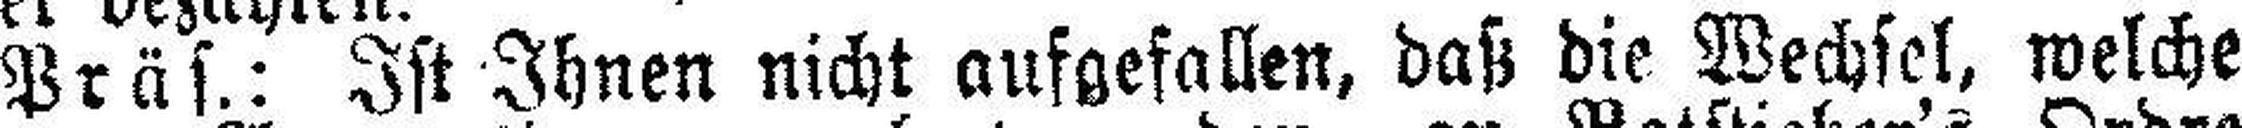
Präs.: Ist Ihnen nicht aufgefallen, daß die Wechsel, welche